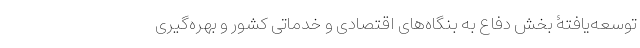
توسعه‌یافتۀ بخش دفاع به بنگاه­های اقتصادی و خدماتی کشور و بهره‌گیری